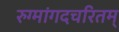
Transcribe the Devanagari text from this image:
रुग्मांगदचरितम्